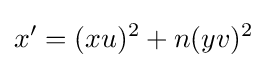
x'=(xu)^{2}+n(yv)^{2}